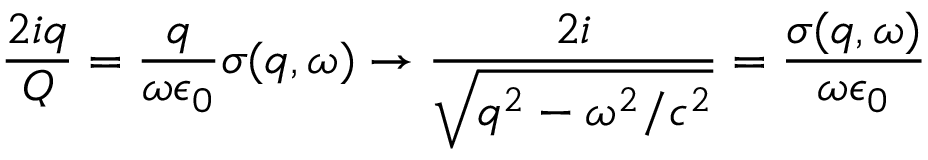
\frac { 2 i q } { Q } = \frac { q } { \omega \epsilon _ { 0 } } \sigma ( q , \omega ) \rightarrow \frac { 2 i } { \sqrt { q ^ { 2 } - \omega ^ { 2 } / c ^ { 2 } } } = \frac { \sigma ( q , \omega ) } { \omega \epsilon _ { 0 } }